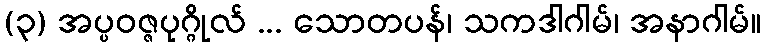
(၃) အပ္ပဝဇ္ဇပုဂ္ဂိုလ် ... သောတပန်၊ သကဒါဂါမ်၊ အနာဂါမ်။